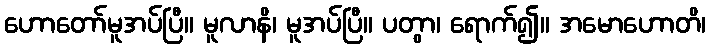
ဟောတော်မူအပ်ပြီ။ မူလာနိ၊ မူအပ်ပြီ။ ပတွာ၊ ရောက်၍။ အမောဟောတိ၊